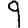
Digit: 9